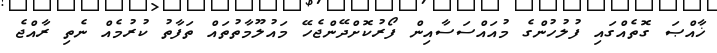
ޚާއްޞަ ގޮތެއްގައި ފުލުހުންގެ މުއައްސަސާއިން ފޯރުކޮށްދޭންޖެހޭ މައުލޫމާތުތައް ތަފާތު ކުރުމެއް ނެތި ރާއްޖެ